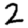
Digit: 2